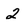
Character: 2